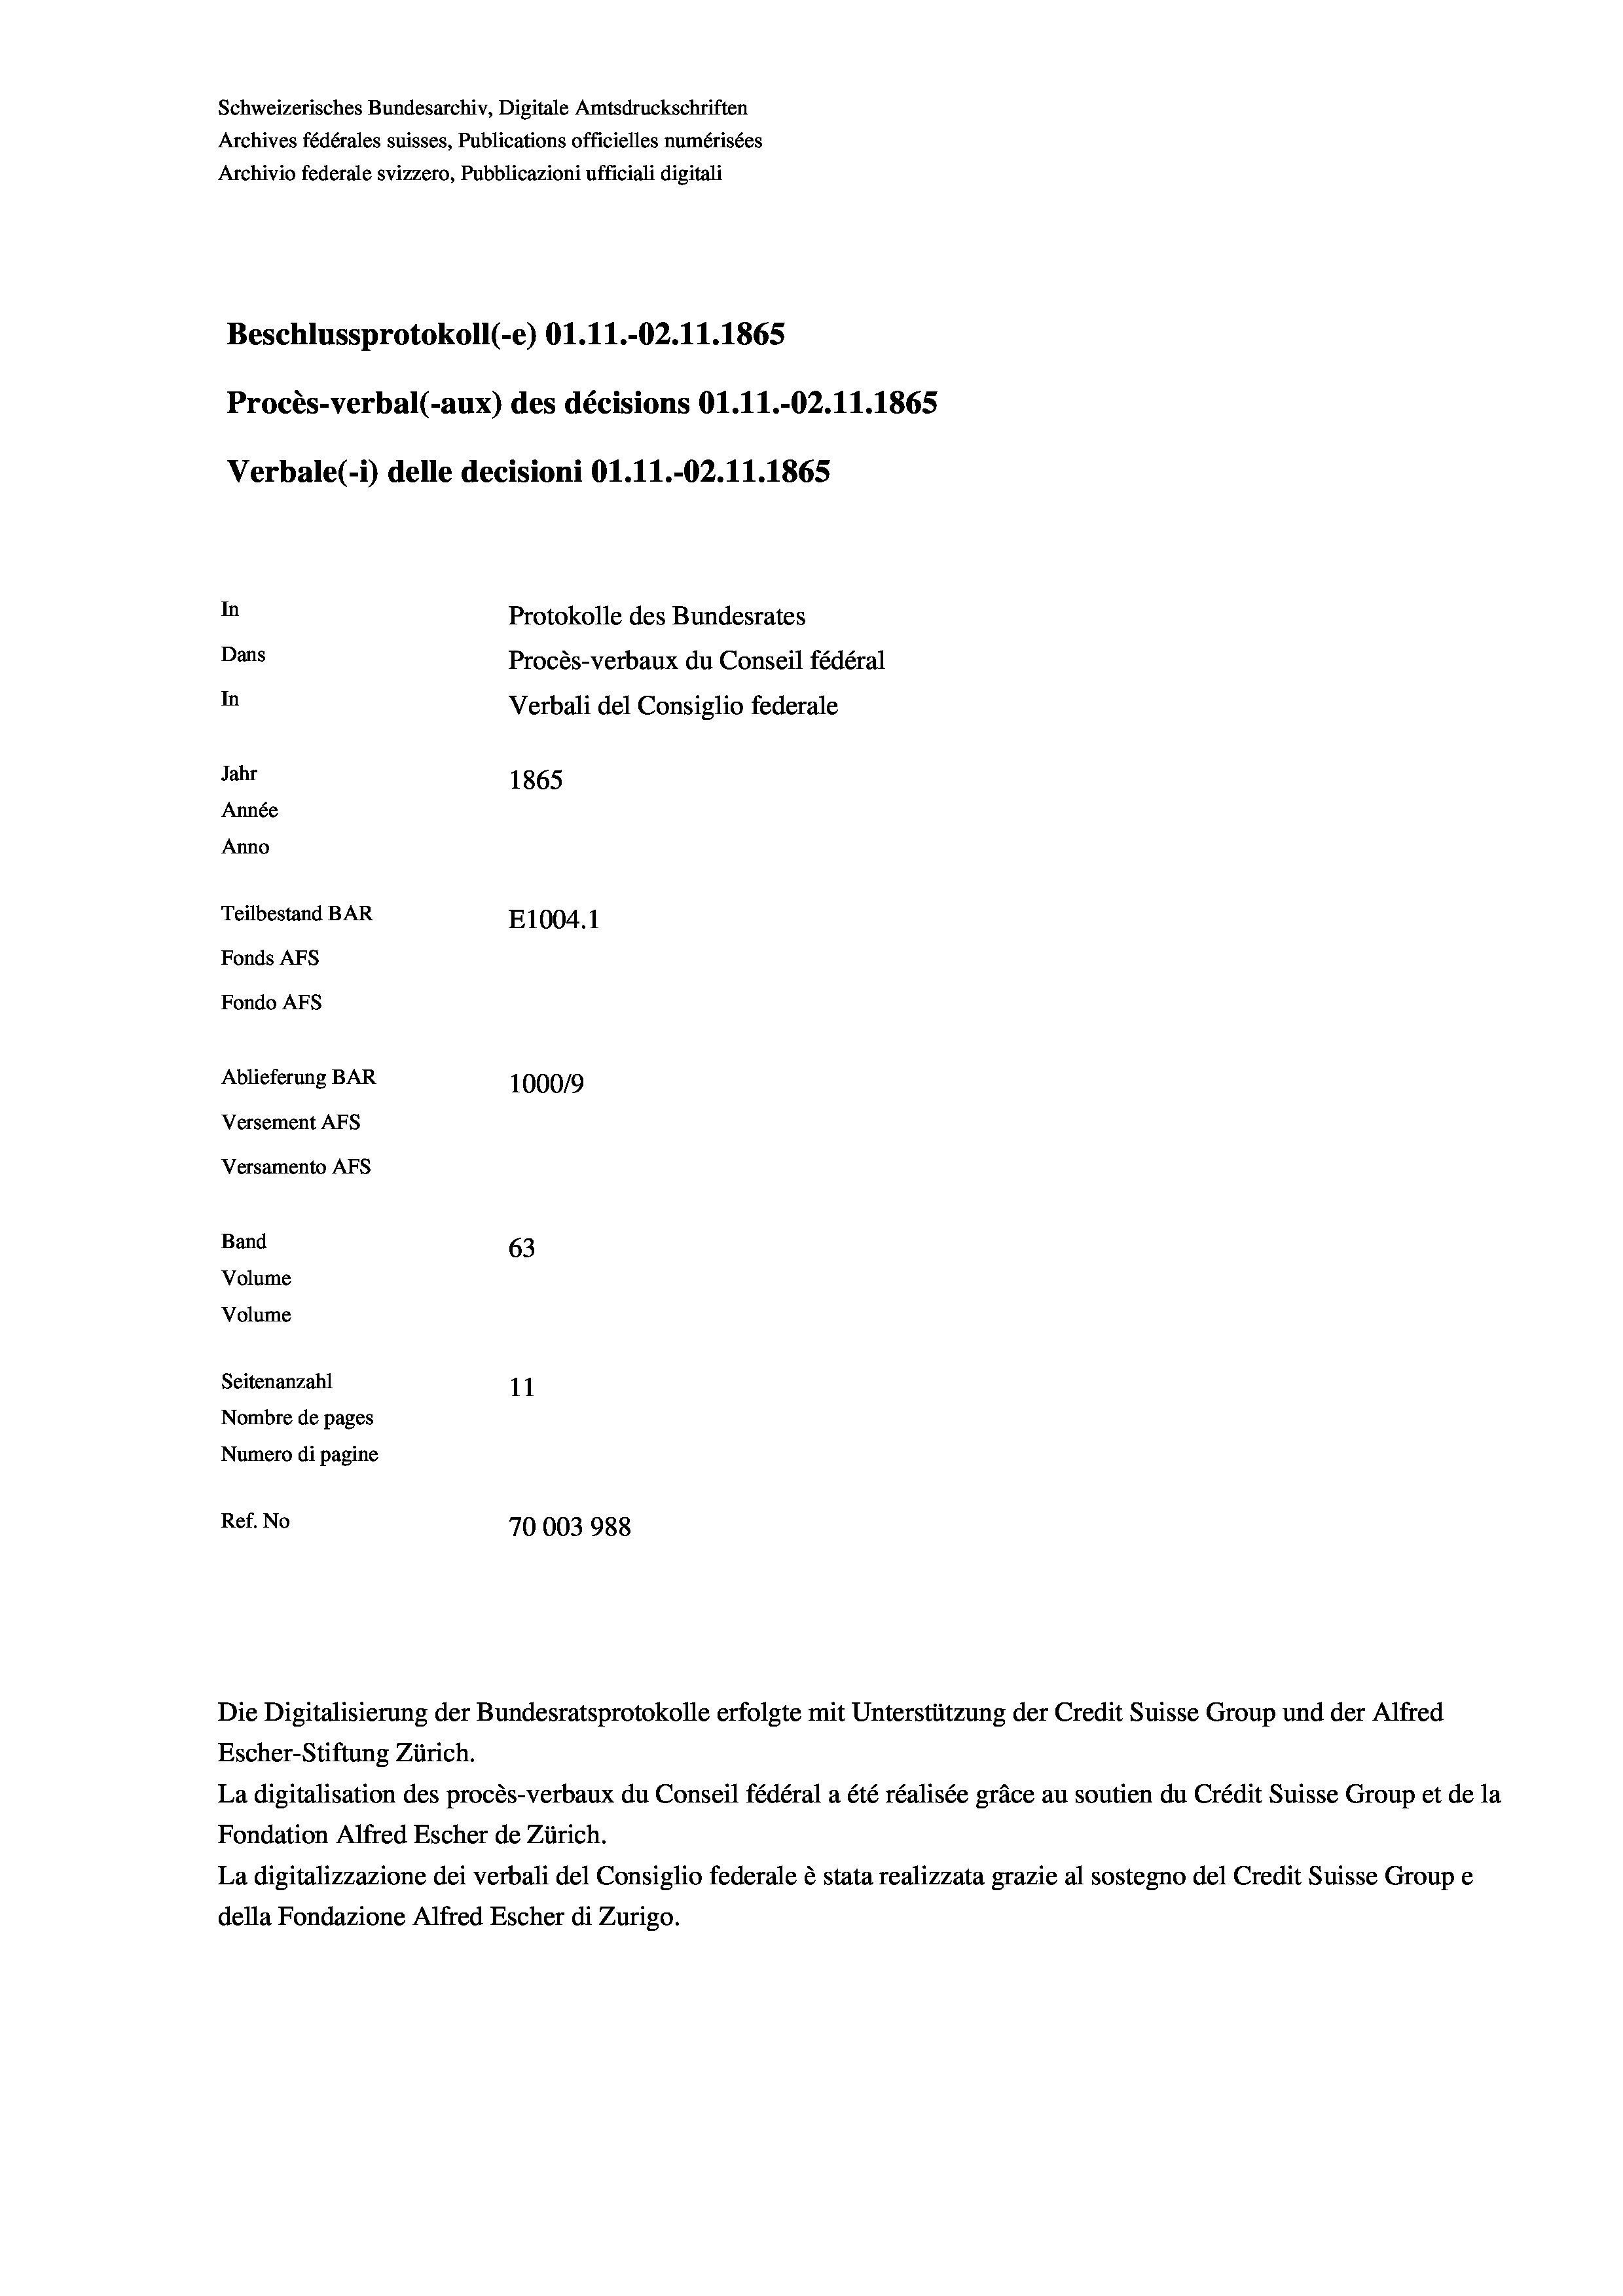
Schweizerisches Bundesarchiv, Digitale Amtsdruckschriften
Archives fédérales suisses, Publications officielles numérisées
Archivio federale svizzero, Pubblicazioni ufficiali digitali
Beschlussprotokoll (-e) Ol.11.-02. 11. 1865
Procès-verbal (-aux) des décisions Ol.11.-02.11.1865
Verbale(1) delle decisioni Ol.11.-O2.11.1865
In
Protokolle des Bundesrates
Dans
Procès-verbaux du Conseil fédéral
In
Verbali del Consiglio federale
Jahr
1865
Année
Anno
Teilbestand BAR
E1004. 1
Fonds AFs
Fondo AFS
Ablieferung BAR
1000/9
Versement AFs
Versamento Afs

63
Seitenanzahl
11
Nombre de pages
Numero di pagine
Ref. No
70003988

Band
Volume
Volume

Escher-Stiftung Zürich.
La digitalisation des procès-verbaux du Conseil fédéral a été réalisée gräce au soutien du Crédit Suisse Group et de la
Fondation Alfred Escher de Zürich.
La digitalizzazione dei verbali del Consiglio federale è stata realizzata grazie al sostegno del Credit Suisse Groupe
della Fondazione Alfred Escher di Zurigo.

Die Digitalisierung der Bundesratsprotokolle erfolgte mit Unterstützung der Credit Suisse Group und der Alfred